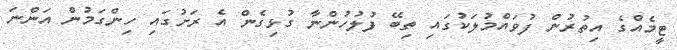
ޓީމެއްގެ އިތުރުން ފުވައްމުލަކުގައި ތިބޭ ފުލުހުންނާ ގުޅިގެން އެ ރަށުގައި ހިންގަމުން އަންނަ